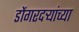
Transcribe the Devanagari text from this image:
डोंगरदऱ्यांच्या